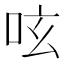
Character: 呟